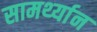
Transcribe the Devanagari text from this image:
सामर्थ्‍यान